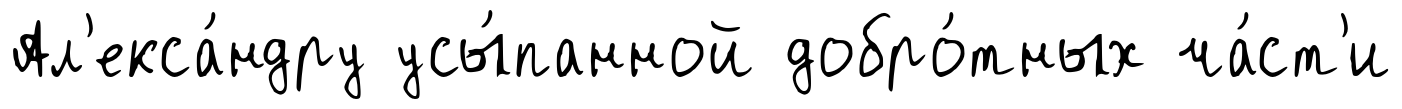
Ал'екса́ндру усы́панной добро́тных ча́ст'и